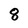
Character: 8